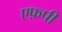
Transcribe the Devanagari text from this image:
एफ़पी